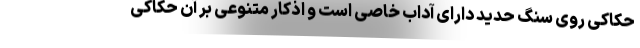
حکاکی روی سنگ حدید دارای آداب خاصی است و اذکار متنوعی بر آن حکاکی